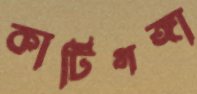
কাটিগঙ্গা